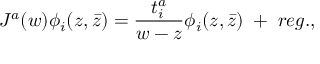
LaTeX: J ^ { a } ( w ) \phi _ { i } ( z , \bar { z } ) = { \frac { t _ { i } ^ { a } } { w - z } } \phi _ { i } ( z , \bar { z } ) \; + \; r e g . ,